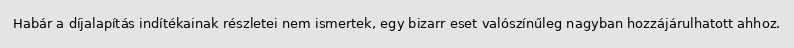
Habár a díjalapítás indítékainak részletei nem ismertek, egy bizarr eset valószínűleg nagyban hozzájárulhatott ahhoz.